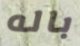
باله